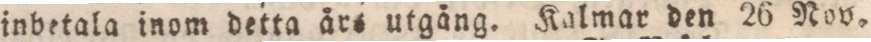
inbetala inom detta års utgång. Kalmar den 26 Nov.